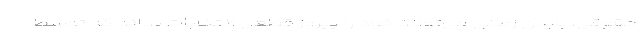
حقوقی، بایدن زمانی می‌تواند خود را پیروز قطعی انتخابات بداند که توسط